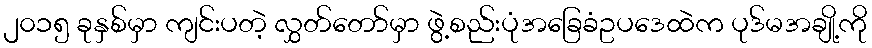
၂၀၁၅ ခုနှစ်မှာ ကျင်းပတဲ့ လွှတ်တော်မှာ ဖွဲ့စည်းပုံအခြေခံဥပဒေထဲက ပုဒ်မအချို့ကို